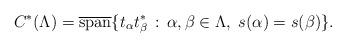
LaTeX: \begin{align*}C^*(\Lambda)=\overline{\operatorname{span}}\{t_\alpha t^*_\beta\,:\, \alpha,\beta\in\Lambda,\; s(\alpha)=s(\beta)\}.\end{align*}